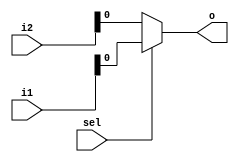
module mux(i1,i2,sel,o);
input [2:0] i1,i2;
input sel;
output o;
assign o=sel?i1:i2;
endmodule